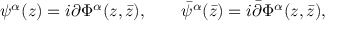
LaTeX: \psi ^ { \alpha } ( z ) = i \partial \Phi ^ { \alpha } ( z , \bar { z } ) , \qquad \bar { \psi } ^ { \alpha } ( \bar { z } ) = i \bar { \partial } \Phi ^ { \alpha } ( z , \bar { z } ) ,